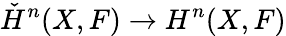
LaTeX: {\check{H}}^{n}(X,F)\rightarrow H^{n}(X,F)